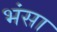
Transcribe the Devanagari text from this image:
भंसा